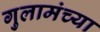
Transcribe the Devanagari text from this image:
गुलामंच्या